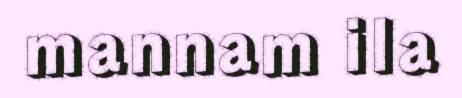
mannam ila